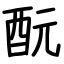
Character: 酛